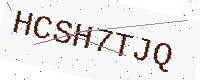
Text: HCSH7TJQ